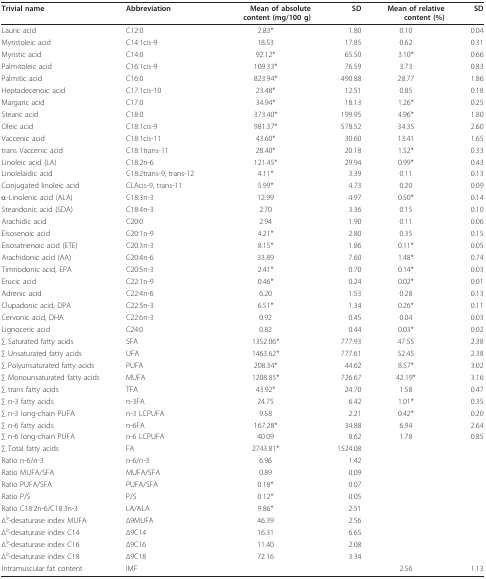
<table><thead><tr><td><b>Trivial name</b></td><td><b>Abbreviation</b></td><td><b>Mean of absolutecontent (mg/100 g)</b></td><td><b>SD</b></td><td><b>Mean of relativecontent (%)</b></td><td><b>SD</b></td></tr></thead><tbody><tr><td>Lauric acid</td><td>C12:0</td><td>2.83*</td><td>1.80</td><td>0.10</td><td>0.04</td></tr><tr><td>Myristoleic acid</td><td>C14:1cis-9</td><td>18.53</td><td>17.85</td><td>0.62</td><td>0.31</td></tr><tr><td>Myristic acid</td><td>C14:0</td><td>92.12*</td><td>65.50</td><td>3.10*</td><td>0.66</td></tr><tr><td>Palmitoleic acid</td><td>C16:1cis-9</td><td>109.33*</td><td>76.59</td><td>3.73</td><td>0.83</td></tr><tr><td>Palmitic acid</td><td>C16:0</td><td>823.94*</td><td>490.88</td><td>28.77</td><td>1.86</td></tr><tr><td>Heptadecenoic acid</td><td>C17:1cis-10</td><td>23.48*</td><td>12.51</td><td>0.85</td><td>0.18</td></tr><tr><td>Margaric acid</td><td>C17:0</td><td>34.94*</td><td>18.13</td><td>1.26*</td><td>0.25</td></tr><tr><td>Stearic acid</td><td>C18:0</td><td>373.40*</td><td>199.95</td><td>4.96*</td><td>1.80</td></tr><tr><td>Oleic acid</td><td>C18:1cis-9</td><td>981.37*</td><td>578.52</td><td>34.35</td><td>2.60</td></tr><tr><td>Vaccenic acid</td><td>C18:1cis-11</td><td>43.60*</td><td>30.60</td><td>13.41</td><td>1.65</td></tr><tr><td>trans Vaccenic acid</td><td>C18:1trans-11</td><td>28.40*</td><td>20.18</td><td>1.52*</td><td>0.33</td></tr><tr><td>Linoleic acid (LA)</td><td>C18:2n-6</td><td>121.45*</td><td>29.94</td><td>0.99*</td><td>0.43</td></tr><tr><td>Linolelaidic acid</td><td>C18:2trans-9, trans-12</td><td>4.11*</td><td>3.39</td><td>0.11</td><td>0.13</td></tr><tr><td>Conjugated linoleic acid</td><td>CLAcis-9, trans-11</td><td>5.99*</td><td>4.73</td><td>0.20</td><td>0.09</td></tr><tr><td>α-Linolenic acid (ALA)</td><td>C18:3n-3</td><td>12.99</td><td>4.97</td><td>0.50*</td><td>0.14</td></tr><tr><td>Stearidonic acid (SDA)</td><td>C18:4n-3</td><td>2.70</td><td>3.36</td><td>0.15</td><td>0.10</td></tr><tr><td>Arachidic acid</td><td>C20:0</td><td>2.94</td><td>1.90</td><td>0.11</td><td>0.06</td></tr><tr><td>Eisosenoic acid</td><td>C20:1n-9</td><td>4.21*</td><td>2.80</td><td>0.35</td><td>0.15</td></tr><tr><td>Eisosatrienoic acid (ETE)</td><td>C20:3n-3</td><td>8.15*</td><td>1.86</td><td>0.11*</td><td>0.05</td></tr><tr><td>Arachidonic acid (AA)</td><td>C20:4n-6</td><td>33.89</td><td>7.60</td><td>1.48*</td><td>0.74</td></tr><tr><td>Timnodonic acid, EPA</td><td>C20:5n-3</td><td>2.41*</td><td>0.70</td><td>0.14*</td><td>0.03</td></tr><tr><td>Erucic acid</td><td>C22:1n-9</td><td>0.46*</td><td>0.24</td><td>0.02*</td><td>0.01</td></tr><tr><td>Adrenic acid</td><td>C22:4n-6</td><td>6.20</td><td>1.53</td><td>0.28</td><td>0.13</td></tr><tr><td>Clupadonic acid, DPA</td><td>C22:5n-3</td><td>6.51*</td><td>1.34</td><td>0.26*</td><td>0.11</td></tr><tr><td>Cervonic acid, DHA</td><td>C22:6n-3</td><td>0.92</td><td>0.45</td><td>0.04</td><td>0.03</td></tr><tr><td>Lignoceric acid</td><td>C24:0</td><td>0.82</td><td>0.44</td><td>0.03*</td><td>0.02</td></tr><tr><td>∑ Saturated fatty acids</td><td>SFA</td><td>1352.06*</td><td>777.93</td><td>47.55</td><td>2.38</td></tr><tr><td>∑ Unsaturated fatty acids</td><td>UFA</td><td>1463.62*</td><td>777.61</td><td>52.45</td><td>2.38</td></tr><tr><td>∑ Polyunsaturated fatty acids</td><td>PUFA</td><td>208.34*</td><td>44.62</td><td>8.57*</td><td>3.02</td></tr><tr><td>∑ Monounsaturated fatty acids</td><td>MUFA</td><td>1208.85*</td><td>726.67</td><td>42.19*</td><td>3.16</td></tr><tr><td>∑ trans fatty acids</td><td>TFA</td><td>43.92*</td><td>24.70</td><td>1.58</td><td>0.47</td></tr><tr><td>∑ n-3 fatty acids</td><td>n-3FA</td><td>24.75</td><td>6.42</td><td>1.01*</td><td>0.35</td></tr><tr><td>∑ n-3 long-chain PUFA</td><td>n-3 LCPUFA</td><td>9.58</td><td>2.21</td><td>0.42*</td><td>0.20</td></tr><tr><td>∑ n-6 fatty acids</td><td>n-6FA</td><td>167.28*</td><td>34.88</td><td>6.94</td><td>2.64</td></tr><tr><td>∑ n-6 long-chain PUFA</td><td>n-6 LCPUFA</td><td>40.09</td><td>8.62</td><td>1.78</td><td>0.85</td></tr><tr><td>∑ Total fatty acids</td><td>FA</td><td>2743.81*</td><td>1524.08</td><td></td><td></td></tr><tr><td>Ratio n-6/n-3</td><td>n-6/n-3</td><td>6.96</td><td>1.42</td><td></td><td></td></tr><tr><td>Ratio MUFA/SFA</td><td>MUFA/SFA</td><td>0.89</td><td>0.09</td><td></td><td></td></tr><tr><td>Ratio PUFA/SFA</td><td>PUFA/SFA</td><td>0.18*</td><td>0.07</td><td></td><td></td></tr><tr><td>Ratio P/S</td><td>P/S</td><td>0.12*</td><td>0.05</td><td></td><td></td></tr><tr><td>Ratio C18:2n-6/C18:3n-3</td><td>LA/ALA</td><td>9.86*</td><td>2.51</td><td></td><td></td></tr><tr><td>Δ<sup>9</sup>-desaturase index MUFA</td><td>Δ9MUFA</td><td>46.39</td><td>2.56</td><td></td><td></td></tr><tr><td>Δ<sup>9</sup>-desaturase index C14</td><td>Δ9C14</td><td>16.31</td><td>6.65</td><td></td><td></td></tr><tr><td>Δ<sup>9</sup>-desaturase index C16</td><td>Δ9C16</td><td>11.40</td><td>2.08</td><td></td><td></td></tr><tr><td>Δ<sup>9</sup>-desaturase index C18</td><td>Δ9C18</td><td>72.16</td><td>3.34</td><td></td><td></td></tr><tr><td>Intramuscular fat content</td><td>IMF</td><td></td><td></td><td>2.56</td><td>1.13</td></tr></tbody></table>